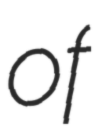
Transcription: of